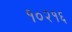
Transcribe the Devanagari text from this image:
१०२१६